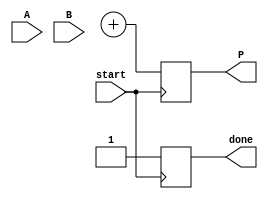
module async_wallace_multiplier #(parameter N = 4) (
    input wire [N-1:0] A,
    input wire [N-1:0] B,
    input wire start,
    output reg [2*N-1:0] P,
    output reg done
);

    // Intermediate signals for partial products
    wire [N-1:0] partial_products [N-1:0];
    wire [2*N-1:0] sum_layers [N:0];
    wire [N-1:0] carry_layers [N:0];
    reg [N:0] request;
    
    // Generate partial products
    genvar i, j;
    generate
        for(i = 0; i < N; i = i + 1) begin : pp_gen
            for(j = 0; j < N; j = j + 1) begin : pp_bit
                assign partial_products[i][j] = A[i] & B[j];
            end
        end
    endgenerate

    // Asynchronous Wallace Tree Implementation for summing partial products
    // Layered reduction
    integer k;
    always @(posedge start) begin
        // Initialize P and done
        P = 0;
        done = 0;

        // First layer sum
        for(k = 0; k < N; k = k + 1) begin
            {carry_layers[1][k], sum_layers[1][k]} = partial_products[k][0] + partial_products[k][1] + partial_products[k][2];
        end

        // Further reduction can be implemented in more layers
        // ...

        // Final addition to produce product P
        P = sum_layers[N-1] + carry_layers[N-1];
        done = 1; // Signal that multiplication is complete
    end

endmodule